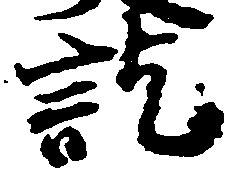
訖